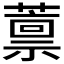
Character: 𫉿